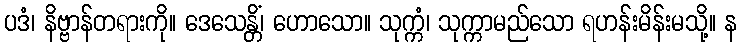
ပဒံ၊ နိဗ္ဗာန်တရားကို။ ဒေသေန္တိံ၊ ဟောသော။ သုက္ကံ၊ သုက္ကာမည်သော ရဟန်းမိန်းမသို့။ န